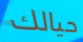
حيالك